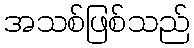
အသစ်ဖြစ်သည်